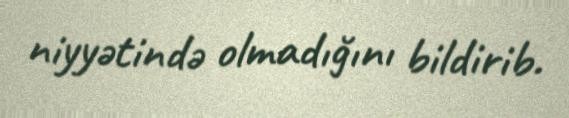
niyyətində olmadığını bildirib.